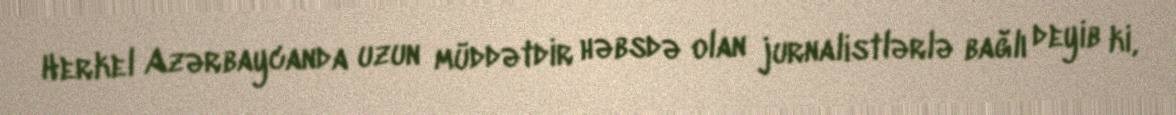
Herkel Azərbaycanda uzun müddətdir həbsdə olan jurnalistlərlə bağlı deyib ki,